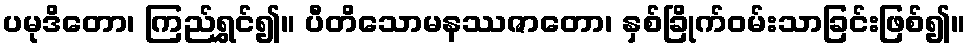
ပမုဒိတော၊ ကြည်ရွှင်၍။ ပီတိသောမနဿဇာတော၊ နှစ်ခြိုက်ဝမ်းသာခြင်းဖြစ်၍။